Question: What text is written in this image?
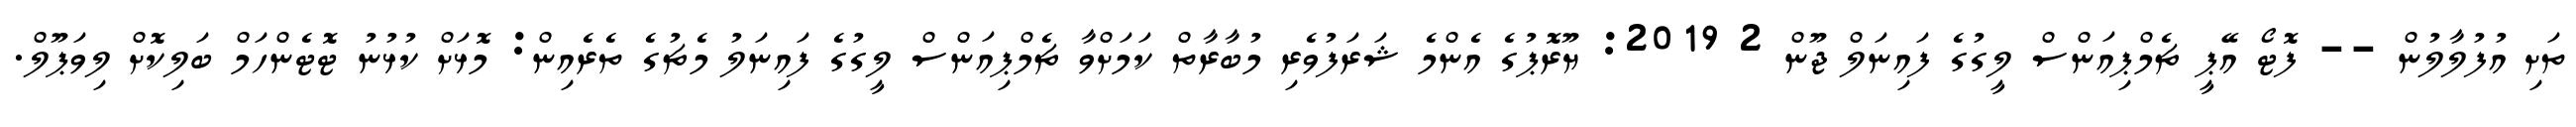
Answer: ތަށި އުފުލާލުން -- ފޮޓޯ އޭޕީ ޗެމްޕިއަންސް ލީގުގެ ފައިނަލް ޖޫން 2 2019: ޔޫރޮޕުގެ އެންމެ ޝަރަފުވެރި މުބާރާތް ކަމަށްވާ ޗެމްޕިއަންސް ލީގުގެ ފައިނަލު މެޗުގެ ތެރެއިން: މޮޅަށް ކުޅުނު ޓޮޓެންހަމް ބަލިކޮށް ލިވަޕޫލް.